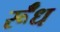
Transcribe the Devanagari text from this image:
र्रूँध